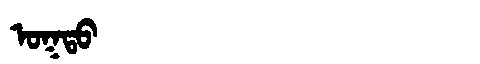
Manchu: ᠣᡴᡨᠣ
Romanization: OKTO